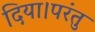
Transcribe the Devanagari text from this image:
दिया।परंतु